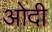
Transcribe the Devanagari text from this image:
ओदी